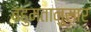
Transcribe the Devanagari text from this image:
बहुमतानुसार